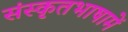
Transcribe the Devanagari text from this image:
संस्कृतभाषामें